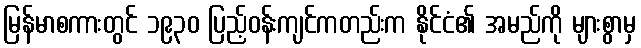
မြန်မာစကားတွင် ၁၉၃၀ ပြည့်ဝန်းကျင်ကတည်းက နိုင်ငံ၏ အမည်ကို များစွာမှ